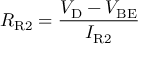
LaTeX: R _ { \mathrm { R 2 } } = { \frac { V _ { \mathrm { D } } - V _ { \mathrm { B E } } } { I _ { \mathrm { R 2 } } } }